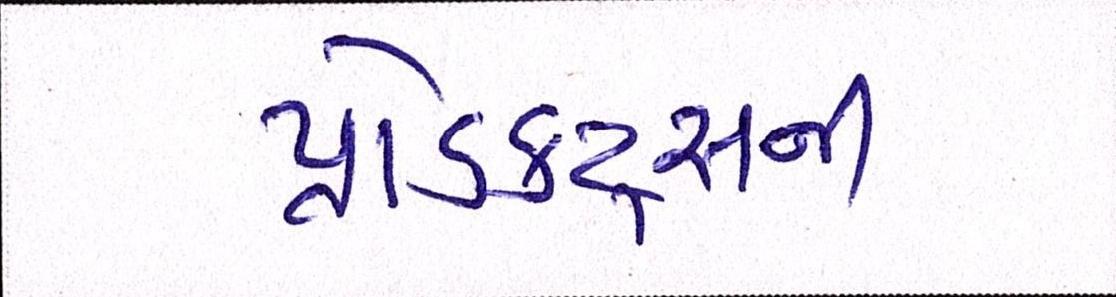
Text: પ્રોડક્ટ્સની